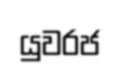
යුවරජ